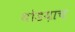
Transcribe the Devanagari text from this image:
थोडय़ाच